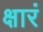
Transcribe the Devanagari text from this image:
क्षारं